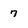
Character: 7